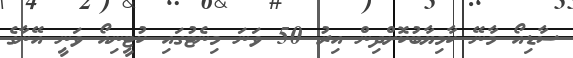
ސާޑިއޯ މާނޭ ކާމިޔާބުކޮށްދިން އިރު 50 ވަނަ މިނެޓުގައި ކުޓީނިއޯ ވަނީ އޭނާގެ